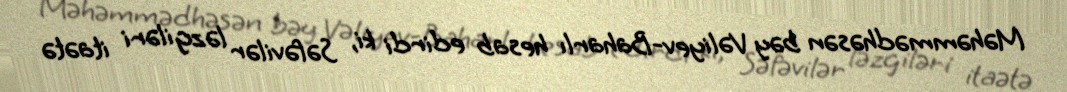
Məhəmmədhəsən bəy Vəliyev-Baharlı hesab edirdi ki, Səfəvilər ləzgiləri itaətə